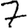
Digit: 7